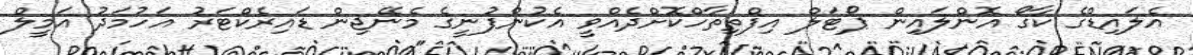
އެލައިޑްގެ ކާގޯ އޮންލައިން ޕޯޓަލް އިފްތިތާހްކޮށްދެއްވީ އެކުންފުނީގެ މެނޭޖިން ޑައިރެކްޓަރު އަހުމަދު އަމީލް